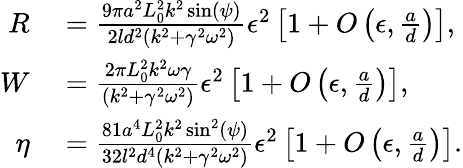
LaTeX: \begin{array}{rl}{R}&{{}=\frac{9\pi a^{2}L_{0}^{2}k^{2}\sin(\psi)}{2ld^{2}(k^{2}+\gamma^{2}\omega^{2})}\epsilon^{2}\left[1+O\left(\epsilon,\frac{a}{d}\right)\right],}\\ {W}&{{}=\frac{2\pi L_{0}^{2}k^{2}\omega\gamma}{\left(k^{2}+\gamma^{2}\omega^{2}\right)}\epsilon^{2}\left[1+O\left(\epsilon,\frac{a}{d}\right)\right],}\\ {\eta}&{{}=\frac{81a^{4}L_{0}^{2}k^{2}\sin^{2}(\psi)}{32l^{2}d^{4}\left(k^{2}+\gamma^{2}\omega^{2}\right)}\epsilon^{2}\left[1+O\left(\epsilon,\frac{a}{d}\right)\right].}\end{array}